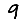
Digit: 9